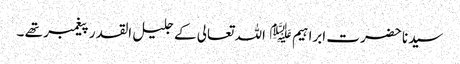
سیدنا حضرت ابراہیم ﷤ اللہ تعالی کے جلیل القدر پیغمبر تھے ۔